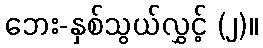
ဘေး-နှစ်သွယ်လွှင့် (၂)။